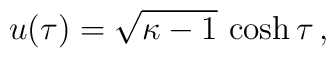
u(\tau) = \sqrt{\kappa-1}\,\cosh\tau \,,